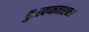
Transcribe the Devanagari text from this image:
दुःस्वप्ननाशनः।